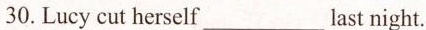
30.Lucy cut herself___last night.